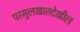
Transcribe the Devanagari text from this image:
परमुलखातदेखील